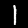
Label: 1